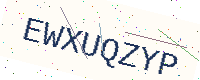
Text: EWXUQZYP